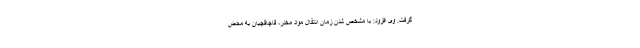
گرفت. وی افزود: با مشخص شدن زمان انتقال مواد مخدر، قاچاقچیان به محض